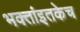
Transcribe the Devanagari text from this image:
भक्तांइतकेच